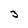
Character: 3